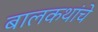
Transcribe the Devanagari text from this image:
बालकथांचे